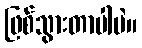
ဖြစ်သွားတာပါပဲ။